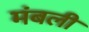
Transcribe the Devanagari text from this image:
मंबली